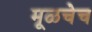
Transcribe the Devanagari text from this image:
मूळचेच